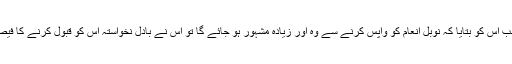
لیکن جب اس کو بتایا کہ نوبل انعام کو واپس کرنے سے وہ اور زیادہ مشہور ہو جائے گا تو اس نے بادل نخواستہ اس کو قبول کرنے کا فیصلہ کیا۔